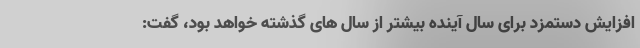
افزایش دستمزد برای سال آینده بیشتر از سال های گذشته خواهد بود، گفت: